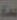
عدة